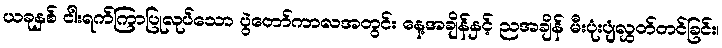
ယခုနှစ် ငါးရက်ကြာပြုလုပ်သော ပွဲတော်ကာလအတွင်း နေ့အချိန်နှင့် ညအချိန် မီးပုံးပျံလွှတ်တင်ခြင်း၊